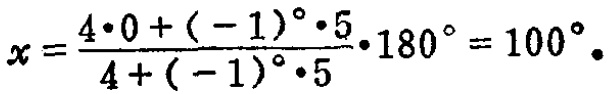
\(x = \frac{4\cdot0+(-1)^{0}\cdot5}{4+(-1)^{0}\cdot5}\cdot180^{\circ}=100^{\circ}\)